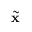
\widetilde { \mathbf { x } }